Burma Government Medical School reports 1923-41
Year: 1923
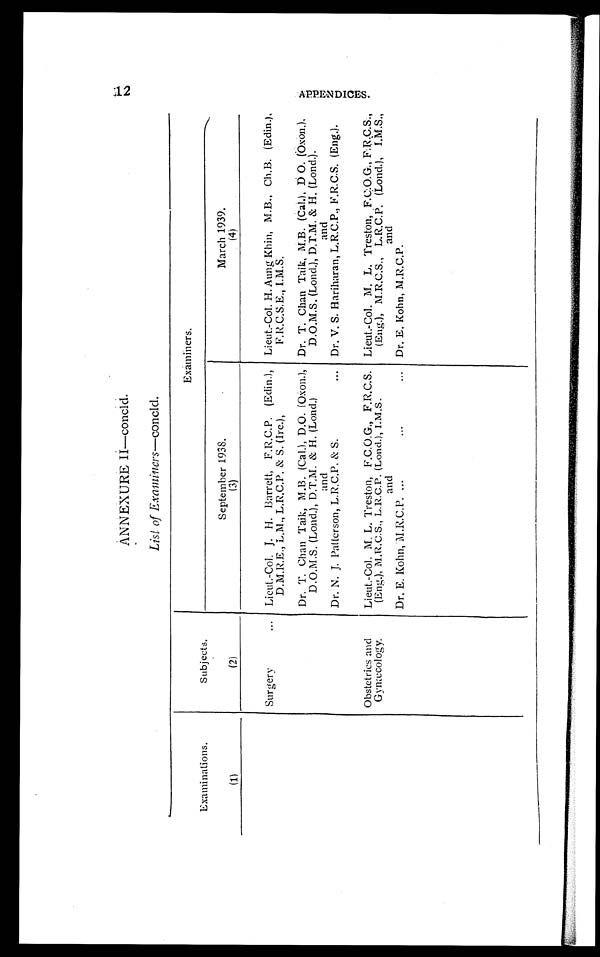
ANNEXURE II—concld.
— c o n c l d .
Examinations.
Subjects.
Examiners.
September 1938.
March 1939.
(1)
(2)
(3)
(4)
Surgery
Lieut.-Col. J. H. Barrett, F.R.C.P. (Edin.),
D.M.R.E., L.M., L.R.C.P. & S. (Ire.),
Lieut.-Col. H. Aung Khin, M.B., Ch.B. (Edin.),
F.R.C.S.E., I.M.S.
Dr. T. Chan Taik, M.B. (Cal.), D.O. (Oxon.),
D.O.M.S. (Lond.), D.T.M. & H. (Lond.)
Dr. T. Chan Taik, M.B. (Cal.), D O. (Oxon.),
D.O.M.S. (Lond.), D.T.M. & H. (Lond.).
and
and
Dr. N. J. Patterson, L.R.C.P. & S.
Dr. V. S. Hariharan, L.R.C.P., F.R.C.S. (Eng.).
Obstetrics and
Gynæcology.
Lieut.-Col. M. L. Treston, F.C.O.G., F.R.C.S.
(Eng.), M.R.C.S., L.R.C.P. (Lond.), I.M.S.
Lieut.-Col. M. L. Treston, F.C.O.G., F.R.C.S.,
(Eng.), M.R.C.S., L.R.C.P. (Lond.), I.M.S.,
and
and
Dr. E. Kohn, M.R.C.P.
Dr. E. Kohn, M.R.C.P.